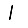
Digit: 1